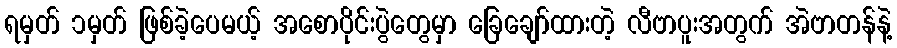
ရမှတ် ၁မှတ် ဖြစ်ခဲ့ပေမယ့် အစောပိုင်းပွဲတွေမှာ ခြေချော်ထားတဲ့ လီဗာပူးအတွက် အဲဗာတန်နဲ့